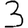
Digit: 3